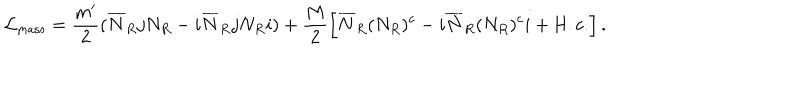
{ \cal L } _ { \mathrm { m a s s } } = \frac { m ^ { \prime } } { 2 } ( \overline { { { N } } } _ { R } j N _ { R } - i \overline { { { N } } } _ { R } j N _ { R } i ) + \frac { M } { 2 } \left[ \overline { { { N } } } _ { R } ( N _ { R } ) ^ { c } - i \overline { { { N } } } _ { R } ( N _ { R } ) ^ { c } i + \mathrm { H . c . } \right] .